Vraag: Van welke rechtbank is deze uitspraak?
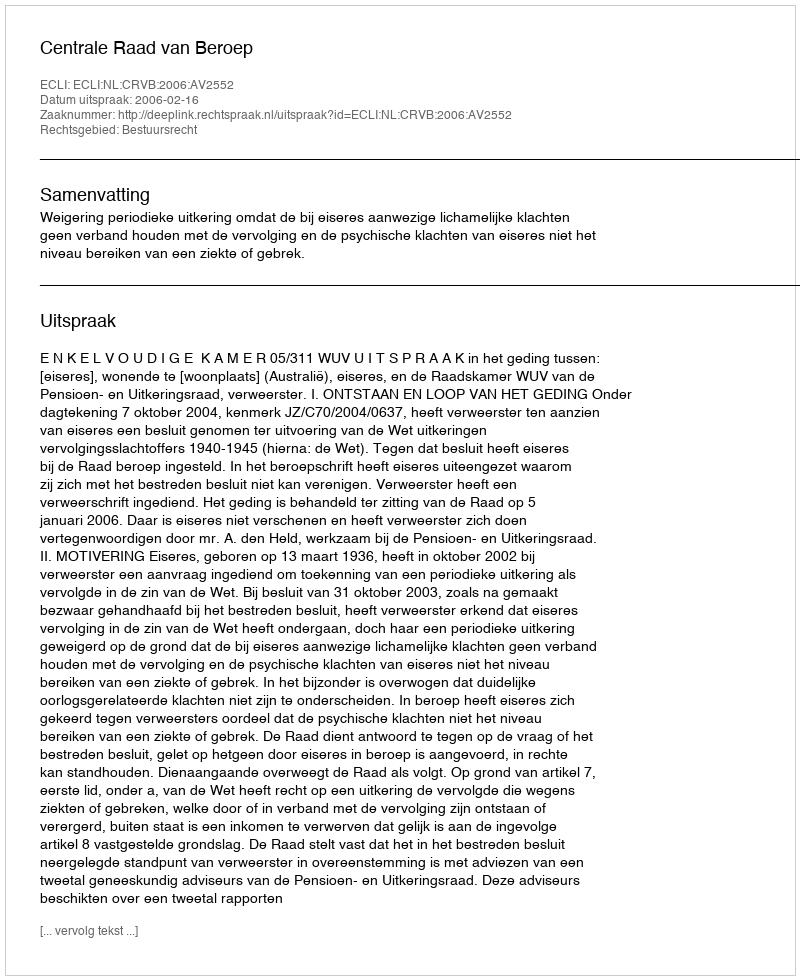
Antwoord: Centrale Raad van Beroep